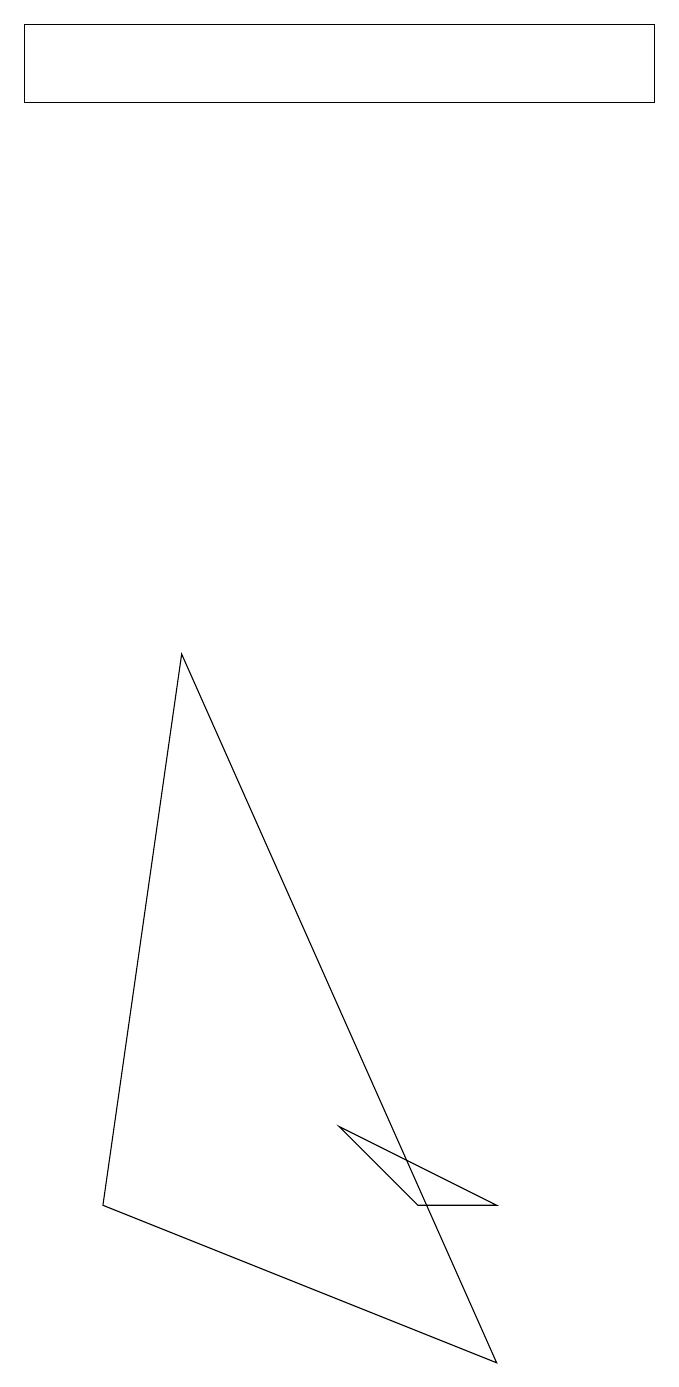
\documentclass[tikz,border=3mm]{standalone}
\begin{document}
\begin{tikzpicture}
\draw (1,16) rectangle (9,17);
\draw (9,16) rectangle (1,16);
\draw (3,9) -- (7,0) -- (2,2) -- cycle;
\draw (5,3) -- (6,2) -- (7,2) -- cycle;
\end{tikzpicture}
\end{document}